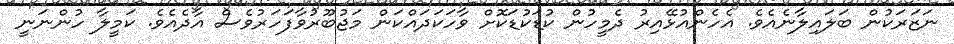
ނަޒަރަކުން ބަލައިލާނެއެވެ. އެހެންއުޅޭއިރު ދެމީހުން ކުޑަކުޑަކޮށް ވާހަކަދައްކަން މަޖުބޫރުވާފަހަރުވެސް އާދެއެވެ. ކަމީލާ ހުންނަނީ